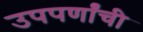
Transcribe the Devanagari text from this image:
उपपर्णांची